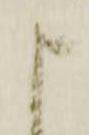
申